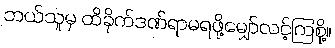
ဘယ်သူမှ ထိခိုက်ဒဏ်ရာမရဖို့မျှော်လင့်ကြစို့။